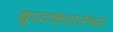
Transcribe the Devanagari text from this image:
बृध्दकेदारेश्वर